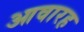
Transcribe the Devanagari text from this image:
आवारह